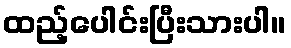
ထည့်ပေါင်းပြီးသားပါ။